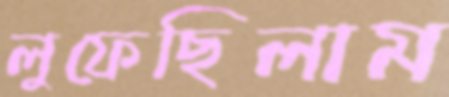
লুফেছিলাম